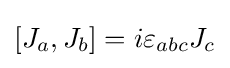
\left[J_{a},J_{b}\right]=i\varepsilon _{abc}J_{c}